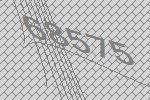
68575